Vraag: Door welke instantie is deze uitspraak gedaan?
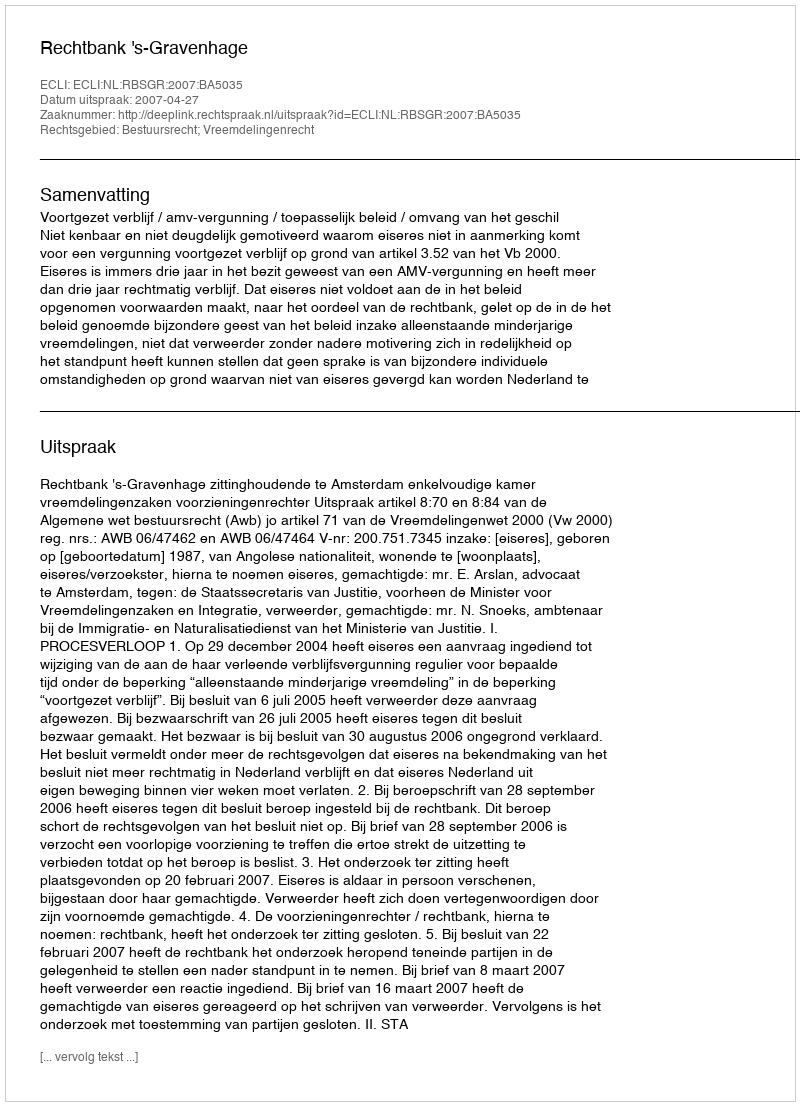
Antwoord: Rechtbank 's-Gravenhage